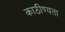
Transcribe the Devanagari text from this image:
काठीण्‍यता